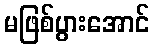
မဖြစ်ပွားအောင်